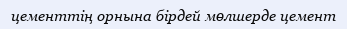
цементтің орнына бірдей мөлшерде цемент